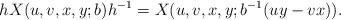
LaTeX: \begin{align*} h X(u,v,x,y;b)h^{-1}=X(u,v,x,y;b^{-1}(uy-vx)).\end{align*}